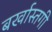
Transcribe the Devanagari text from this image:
बर्खास्‍तगी